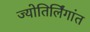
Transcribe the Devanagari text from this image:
ज्योतिर्लिंगांत